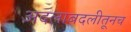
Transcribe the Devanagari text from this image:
अदलाबदलीतूनच